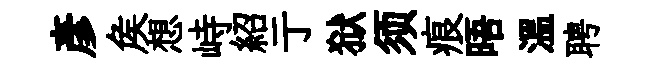
彥矦想峙紹亍狱须痕晤温聘